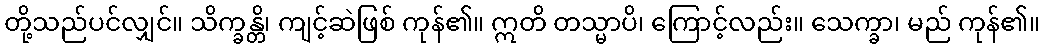
တို့သည်ပင်လျှင်။ သိက္ခန္တိ၊ ကျင့်ဆဲဖြစ် ကုန်၏။ ဣတိ တသ္မာပိ၊ ကြောင့်လည်း။ သေက္ခာ၊ မည် ကုန်၏။